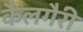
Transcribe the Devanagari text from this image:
कैलगैरी